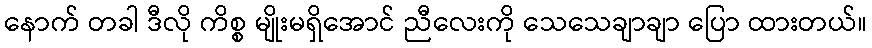
နောက် တခါ ဒီလို ကိစ္စ မျိုးမရှိအောင် ညီလေးကို သေသေချာချာ ပြော ထားတယ်။